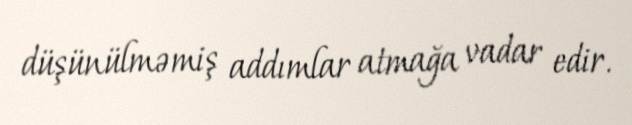
düşünülməmiş addımlar atmağa vadar edir.